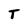
Character: T